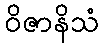
ဝိဇာနိသံ